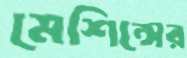
মেশিন্সের